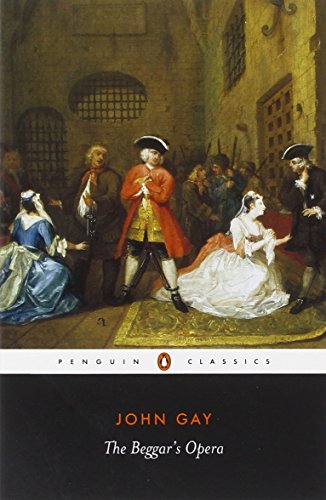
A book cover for The Beggar's Opera (Penguin Classics); John Gay; Literature & Fiction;